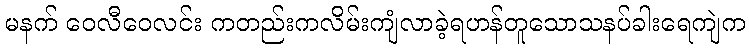
မနက် ဝေလီဝေလင်း ကတည်းကလိမ်းကျံလာခဲ့ရဟန်တူသောသနပ်ခါးရေကျဲက